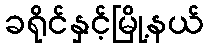
ခရိုင်နှင့်မြို့နယ်